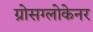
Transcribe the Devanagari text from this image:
ग्रोसग्लोकेनर